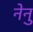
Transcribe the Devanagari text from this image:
नेनु